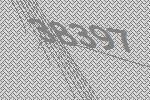
38397